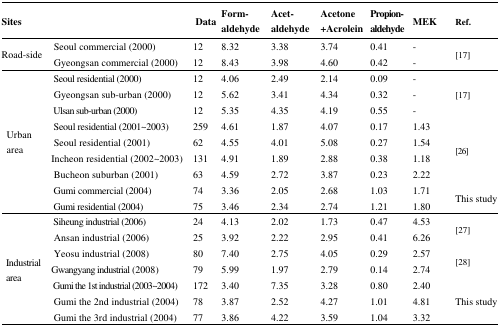
<table><thead><tr><td colspan="2"><b>Sites</b></td><td><b>Data</b></td><td><b>Formaldehyde</b></td><td><b>Acetaldehyde</b></td><td><b>Acetone+Acrolein</b></td><td><b>Propionaldehyde</b></td><td><b>MEK</b></td><td><b>Ref.</b></td></tr></thead><tbody><tr><td rowspan="2">Road-side</td><td>Seoul commercial (2000)</td><td>12</td><td>8.32</td><td>3.38</td><td>3.74</td><td>0.41</td><td>-</td><td rowspan="2">[17]</td></tr><tr><td>Gyeongsan commercial (2000)</td><td>12</td><td>8.43</td><td>3.98</td><td>4.60</td><td>0.42</td><td>-</td></tr><tr><td rowspan="9">Urban area</td><td>Seoul residential (2000)</td><td>12</td><td>4.06</td><td>2.49</td><td>2.14</td><td>0.09</td><td>-</td><td rowspan="3">[17]</td></tr><tr><td>Gyeongsan sub-urban (2000)</td><td>12</td><td>5.62</td><td>3.41</td><td>4.34</td><td>0.32</td><td>-</td></tr><tr><td>Ulsan sub-urban (2000)</td><td>12</td><td>5.35</td><td>4.35</td><td>4.19</td><td>0.55</td><td>-</td></tr><tr><td>Seoul residential (2001∼2003)</td><td>259</td><td>4.61</td><td>1.87</td><td>4.07</td><td>0.17</td><td>1.43</td><td rowspan="4">[26]</td></tr><tr><td>Seoul residential (2001)</td><td>62</td><td>4.55</td><td>4.01</td><td>5.08</td><td>0.27</td><td>1.54</td></tr><tr><td>Incheon residential (2002∼2003)</td><td>131</td><td>4.91</td><td>1.89</td><td>2.88</td><td>0.38</td><td>1.18</td></tr><tr><td>Bucheon suburban (2001)</td><td>63</td><td>4.59</td><td>2.72</td><td>3.87</td><td>0.23</td><td>2.22</td></tr><tr><td>Gumi commercial (2004)</td><td>74</td><td>3.36</td><td>2.05</td><td>2.68</td><td>1.03</td><td>1.71</td><td rowspan="2">This study</td></tr><tr><td>Gumi residential (2004)</td><td>75</td><td>3.46</td><td>2.34</td><td>2.74</td><td>1.21</td><td>1.80</td></tr><tr><td rowspan="7">Industrial area</td><td>Siheung industrial (2006)</td><td>24</td><td>4.13</td><td>2.02</td><td>1.73</td><td>0.47</td><td>4.53</td><td rowspan="2">[27]</td></tr><tr><td>Ansan industrial (2006)</td><td>25</td><td>3.92</td><td>2.22</td><td>2.95</td><td>0.41</td><td>6.26</td></tr><tr><td>Yeosu industrial (2008)</td><td>80</td><td>7.40</td><td>2.75</td><td>4.05</td><td>0.29</td><td>2.57</td><td rowspan="2">[28]</td></tr><tr><td>Gwangyang industrial (2008)</td><td>79</td><td>5.99</td><td>1.97</td><td>2.79</td><td>0.14</td><td>2.74</td></tr><tr><td>Gumi the 1st industrial (2003∼2004)</td><td>172</td><td>3.40</td><td>7.35</td><td>3.28</td><td>0.80</td><td>2.40</td><td rowspan="3">This study</td></tr><tr><td>Gumi the 2nd industrial (2004)</td><td>78</td><td>3.87</td><td>2.52</td><td>4.27</td><td>1.01</td><td>4.81</td></tr><tr><td>Gumi the 3rd industrial (2004)</td><td>77</td><td>3.86</td><td>4.22</td><td>3.59</td><td>1.04</td><td>3.32</td></tr></tbody></table>